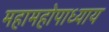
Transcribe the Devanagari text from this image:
महामहोपाध्‍याय